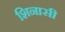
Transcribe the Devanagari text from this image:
शिनासी